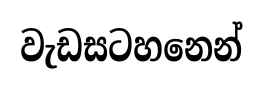
වැඩසටහනෙන්